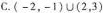
C.$$(-2，-1)∪(2，3)$$